Document type: Testament
Year: 1300
Scribe: Bonanat d'Esparreguera
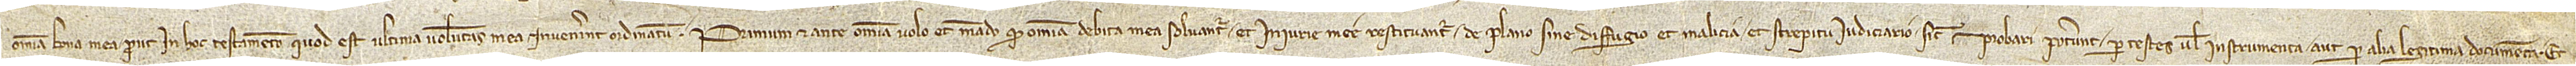
omnia bona mea prout in hoc testamento, quod est ultima voluntas mea, invenerint ordinatum. Primum et ante omnia volo et mando quod omnia debita mea solvantur et iniurie mee restituantur de plano sine diffugio et malicia et strepitu iudiciario, sicut probari poterunt per testes vel instrumenta aut per alia legitima documenta. Et